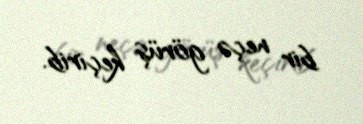
bir neçə görüş keçirib.